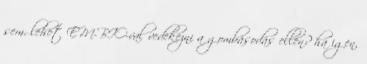
sem. lehet EM-BIO-val vedekezni a gombásodás ellen? ha igen,